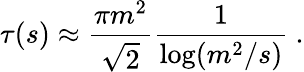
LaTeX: \tau(s)\approx\frac{\pi m^{2}}{\sqrt{2}}\frac{1}{\log(m^{2}/s)}\ .